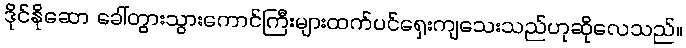
ဒိုင်နိုဆော ခေါ်တွားသွားကောင်ကြီးများထက်ပင်ရှေးကျသေးသည်ဟုဆိုလေသည်။